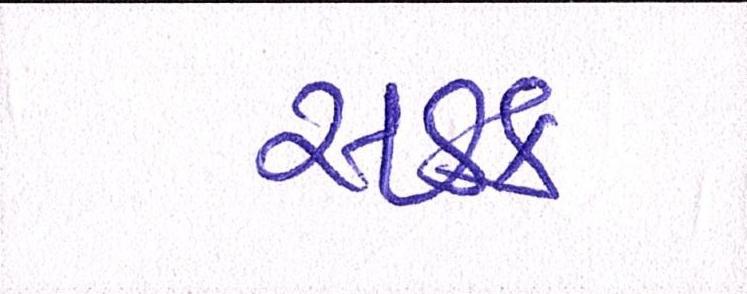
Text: સડક